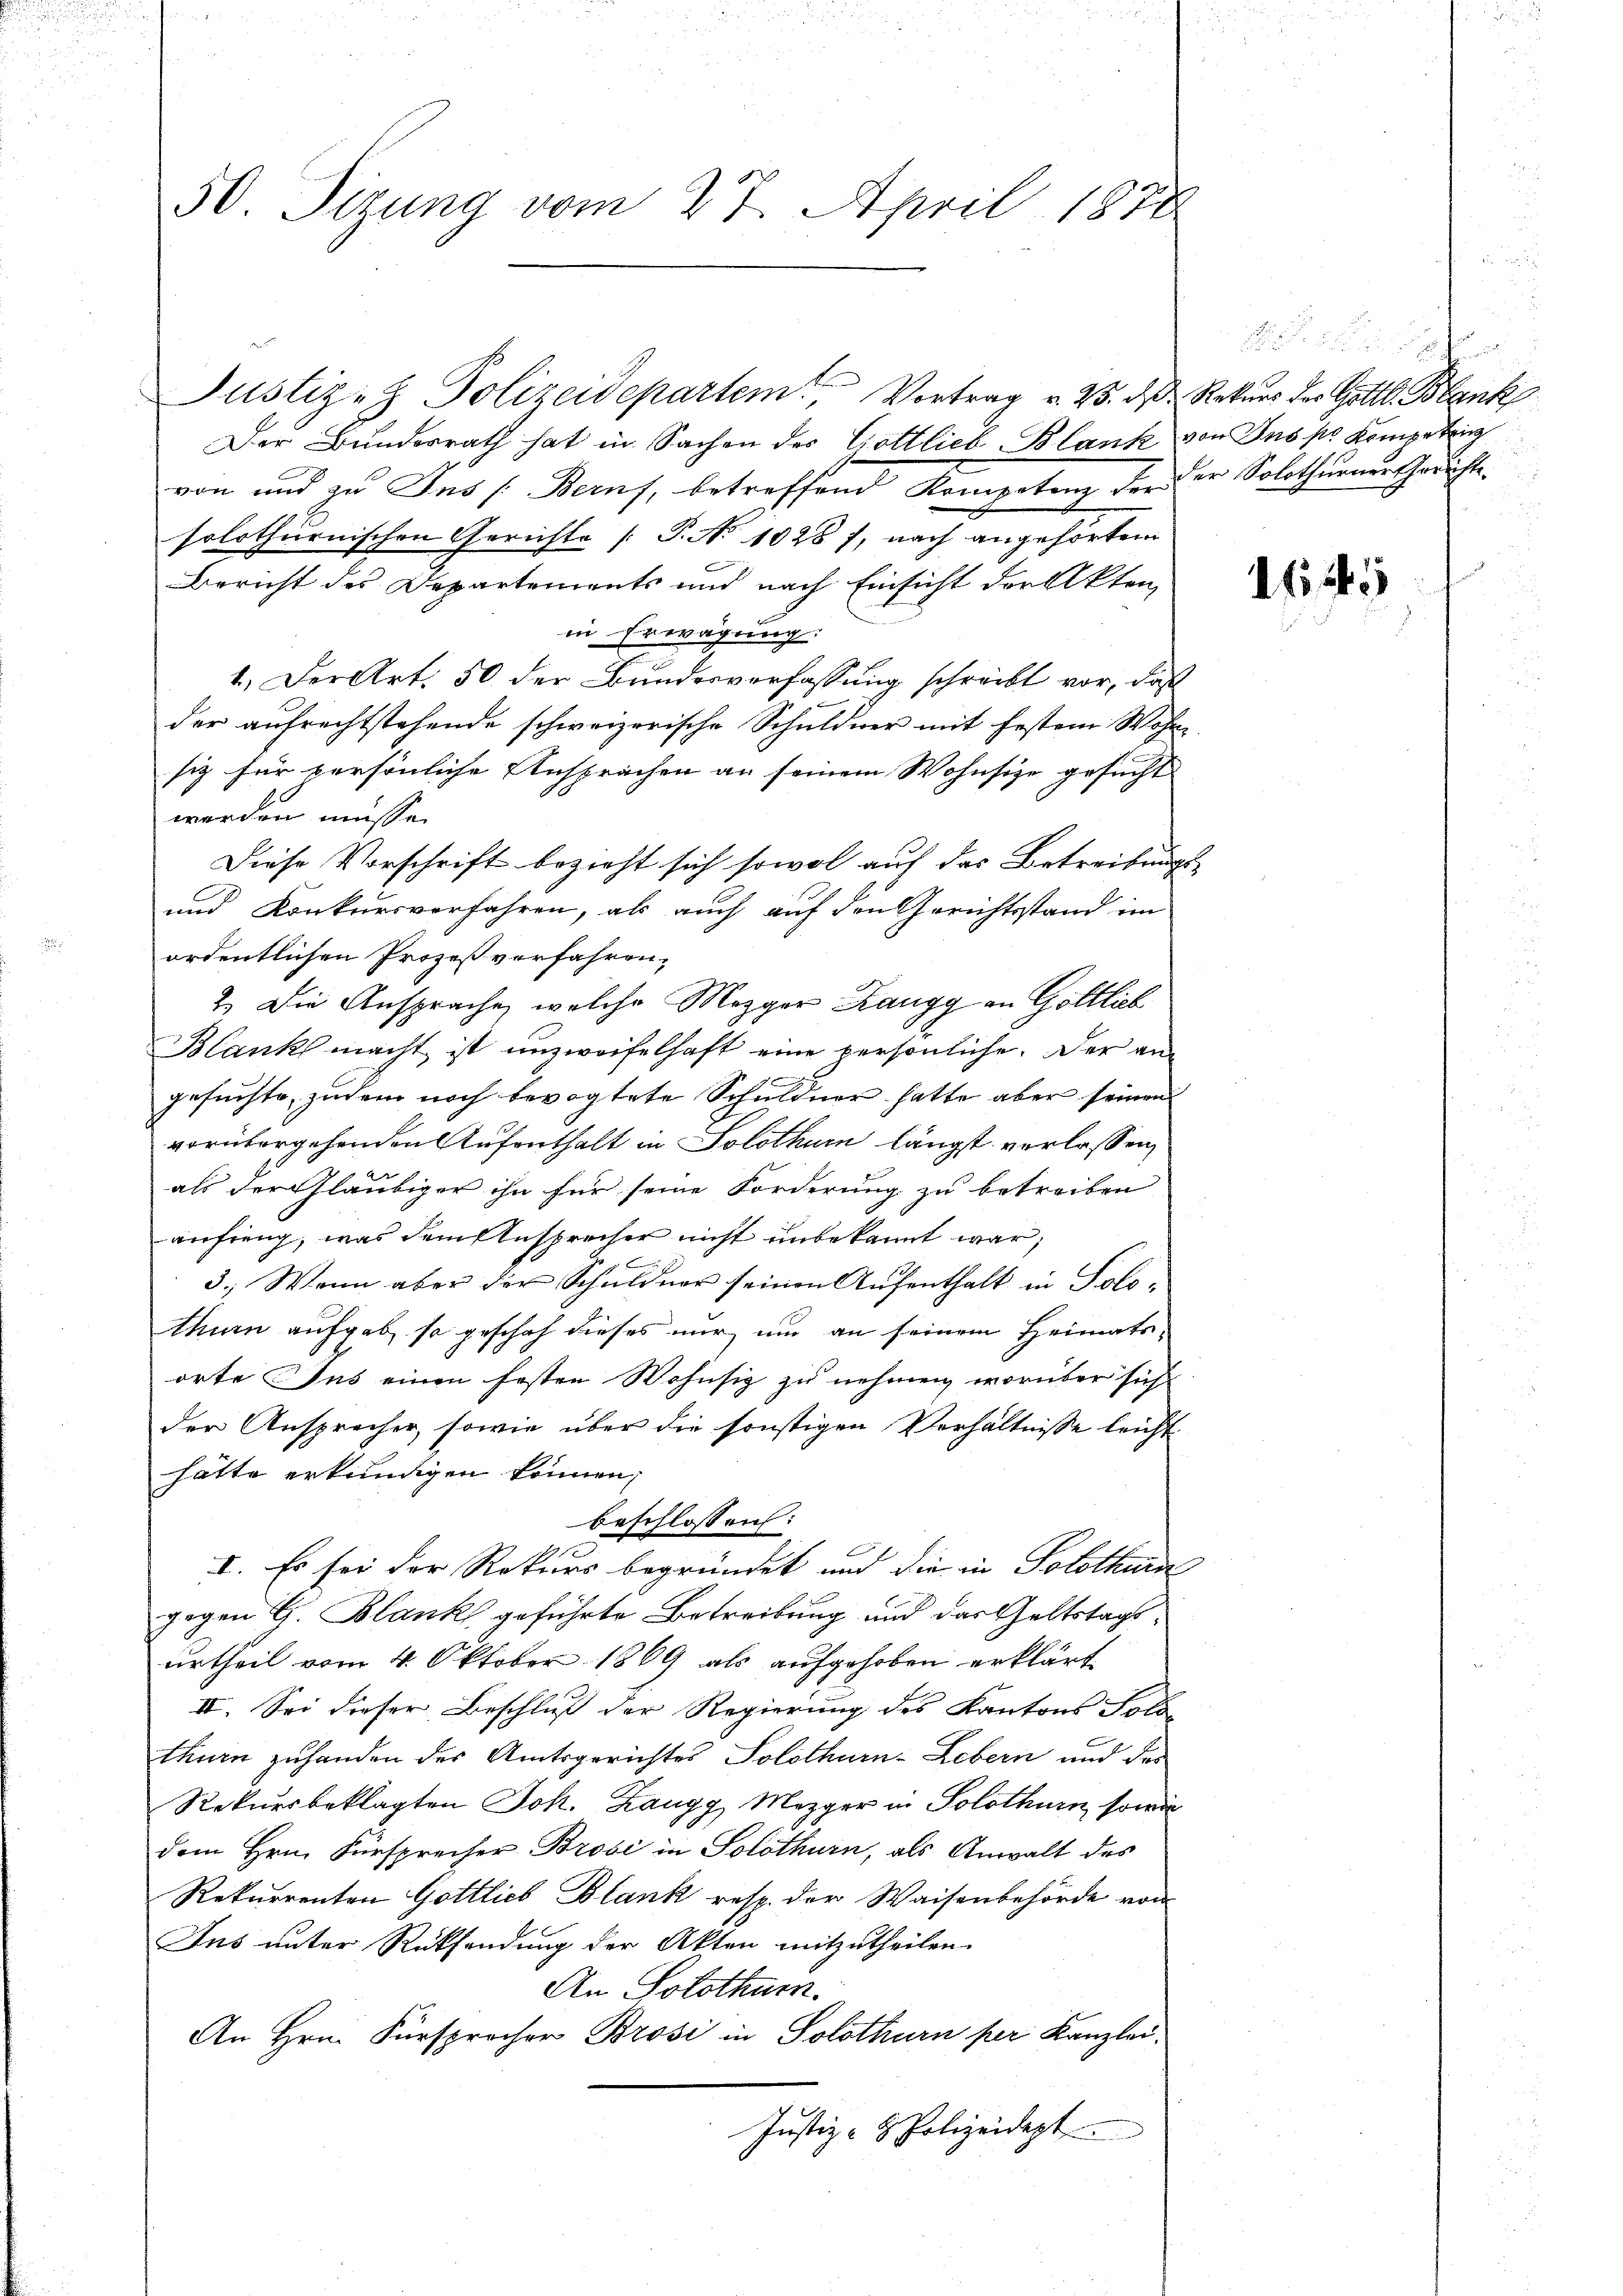
Der Bundesrath hat in Sachen des Gottlieb-Blank von Ins pr. Kompetri
von und zu Ins (Berns, betreffend Kompetenz der der Solothurner Gerichte
solothurnischen Gerichte (T. No 1028 f, nach angehörten
Bericht des Departements und nach Einsicht der Akten,
in Erwägung:
1.) Der Art. 50 der Bundesverfassung schreibt vor, daß
der aufrechtstehende schweizerische Schuldner mit festem Wohn
siz für persönliche Ansprachen an seinem Wohnsize gesucht
werden müsse.
Diese Vorschrift bezieht sich sowol auf das Betreibungs¬
und Konkursverfahren, als auch auf den Gerichtsstand im
ordentlichen Prozeß verfahren,
2. Die Ansprache, welche Mezger Zangg an Gottlich
Blank macht ist unzweifelhaft eine persönliche. Der angesuchte, zudem noch bevogtete Schuldner hatte aber seinen
vorübergehenden Aufenthalt in Solothurn längst verlassen,
als der Gläubiger ihn für seine Forderung zu betreiben
anfreng, was dem Ansprecher nicht unbekannt war,
3.) Wann aber der Schuldner seinen Aŭfenthalt in Solothurn aufgab, so geschah dieses nur um an seinem Heimatsorte Jus einen festen Wohnsiz zu nehmen worüber sich
der Ansprecher, sowie über die sonstigen Verhältnisse leicht
hätte erkundigen können,
beschlossen:

I. Es sei der Rekurs begründet und die in Solothurn
gegen G. Blank geführte Betreibung und das Geltstagsurtheil vom 4. Oktober 1869 als aufgehoben erklärt
II. Sei dieser Beschluß der Regierung des Kantons Sold
thurn zuhanden des Amtsgerichtes Solothurn-Lebern und des
Rekursbeklagten Joh. Zangg, Mezger in Solothurn, sowie
dem Hrn. Fürsprecher Brosi in Solothurn, als Anwalt des
Rekurrenten Gottlich Blank resp. der Waisenbehörde von
Jus unter Rücksendung der Akten mitzutheilen.
An Solothur.
An Hrn. Fürsprocher Brosi in Solothurn per Kanzlei.
Justiz- & Polizeidept

50. Sizung vom 27. April 1878

Justiz- & Polizeidepartem Vortrag v. 25. d. Rekurs des Gottl. Blank

1645